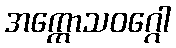
အက္ကောသဝဂ္ဂေါ